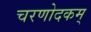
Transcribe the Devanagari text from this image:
चरणोदकम्